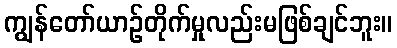
ကျွန်တော်ယာဉ်တိုက်မှုလည်းမဖြစ်ချင်ဘူး။